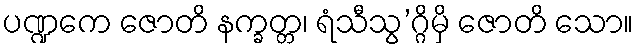
ပဏ္ဍကေ ဇောတိ နက္ခတ္တ၊ ရံသီသွ’ဂ္ဂိမှိ ဇောတိ သော။